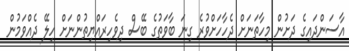
އާސަންދައިގެ ދަށުން މިހާތަނަށް ދެހާހަށްވުރެ ގިނަ ބާވަތުގެ ބޭސް ދިވެހިރައްޔިތުންނަށް ހިލޭ ދެއްވަމުން